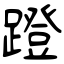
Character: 蹬